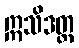
ဣသိဒတ္တ